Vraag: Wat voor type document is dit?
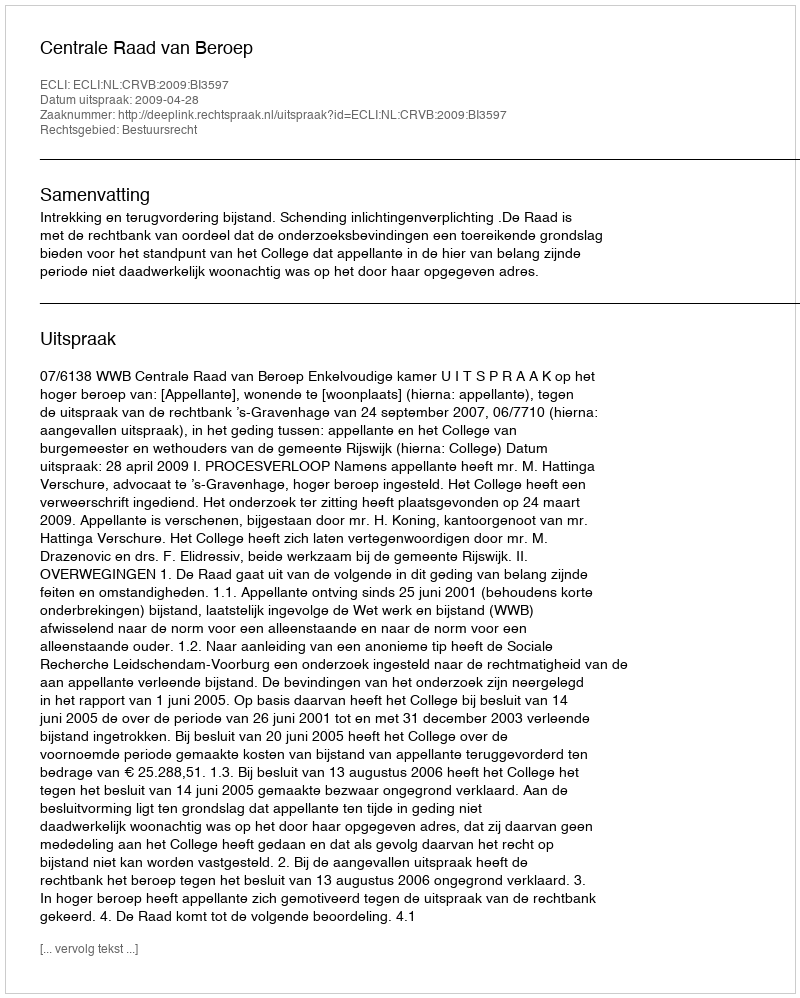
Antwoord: Uitspraak